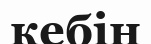
кебін